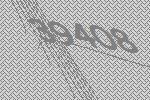
39408